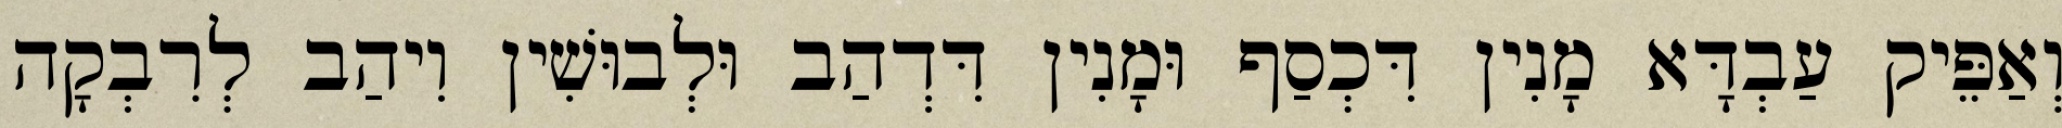
וְאַפֵּיק עַבְדָּא מָנִין דִּכְסַף וּמָנִין דִּדְהַב וּלְבוּשִׁין וִיהַב לְרִבְקָה